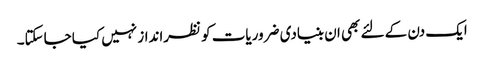
ایک دن کے لئے بھی ان بنیادی ضروریات کو نظرانداز نہیں کیا جاسکتا۔